Note on the mental hospitals in Burma - 1925-1940
Year: 1925
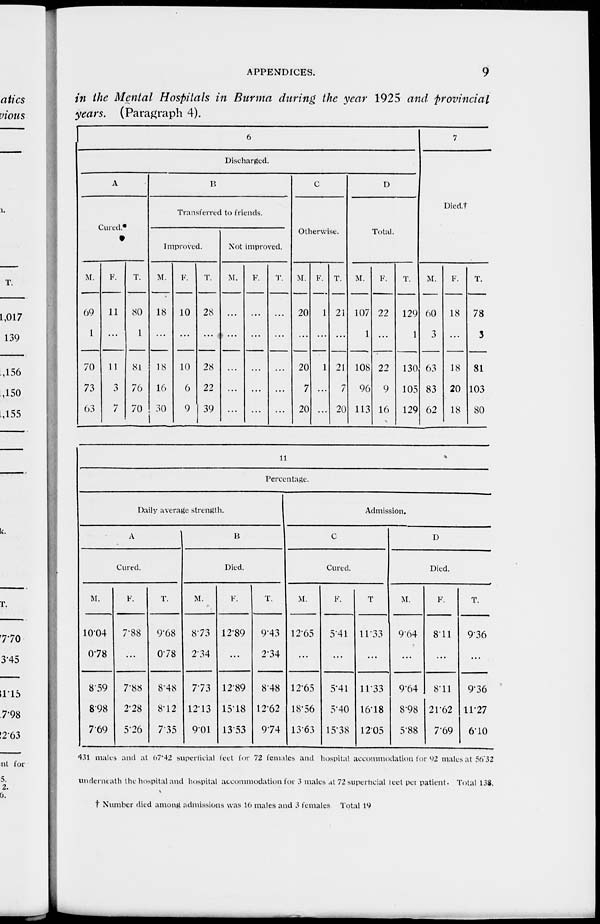
APPENDICES.
9
in the Mental Hospitals in Burma during the year 1925 and provincial
years. (Paragraph 4).
6
Discharged.
A
Cured.
M.
69
1
70
73
63
F.
11
...
11
3
7
T.
80
1
81
76
70
B
Transferred to friends.
Improved.
M.
18
...
18
16
30
F.
10
...
10
6
9
T.
28
...
28
22
39
Not improved.
M.
...
...
...
...
...
F.
...
...
...
...
...
T.
...
...
...
...
...
C
Otherwise.
M.
20
...
20
7
20
F.
1
...
1
...
...
T.
21
...
21
7
20
D
Total.
M.
107
1
108
96
113
F.
22
...
22
9
16
T.
129
1
130
105
129
7
Died.†
M.
60
3
63
83
62
F.
18
...
18
20
18
T.
78
3
81
103
80
11
Percentage.
Daily average strength.
A
Cured.
M.
10.04
0.78
8.59
8.98
7.69
F.
7.88
...
7.88
2.28
5.26
T.
9.68
0.78
8.48
8.12
7.35
B
Died.
M.
8.73
2.34
7.73
12.13
9.01
F.
12.89
...
12.89
15.18
13.53
T.
9.43
2.34
8.48
12.62
9.74
Admission.
C
Cured.
M.
12.65
...
12.65
18.56
13.63
F.
5.41
...
5.41
5.40
15.38
T.
11.33
...
11.33
16.18
12.05
D
Died.
M.
9.64
...
9.64
8.98
5.88
F.
8.11
...
8.11
21.62
7.69
T.
9.36
...
9.36
11.27
6.10
431 males and at 67.42 superficial feet for 72 females and hospital accommodation for 92 males at 56.32
underneath the hospital and hospital accommodation for 3 males at 72 superficial feet per patient. Total 138.
† Number died among admissions was 16 males and 3 females Total 19